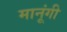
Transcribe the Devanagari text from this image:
मानूंगी